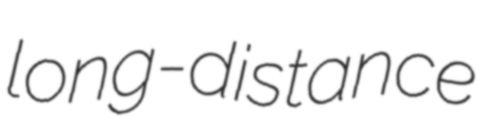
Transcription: long-distance